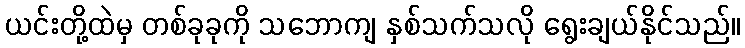
ယင်းတို့ထဲမှ တစ်ခုခုကို သဘောကျ နှစ်သက်သလို ရွေးချယ်နိုင်သည်။